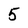
Character: 5